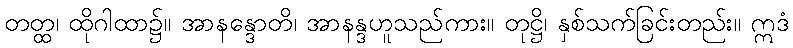
တတ္ထ၊ ထိုဂါထာ၌။ အာနန္ဒောတိ၊ အာနန္ဒဟူသည်ကား။ တုဋ္ဌိ၊ နှစ်သက်ခြင်းတည်း။ ဣဒံ